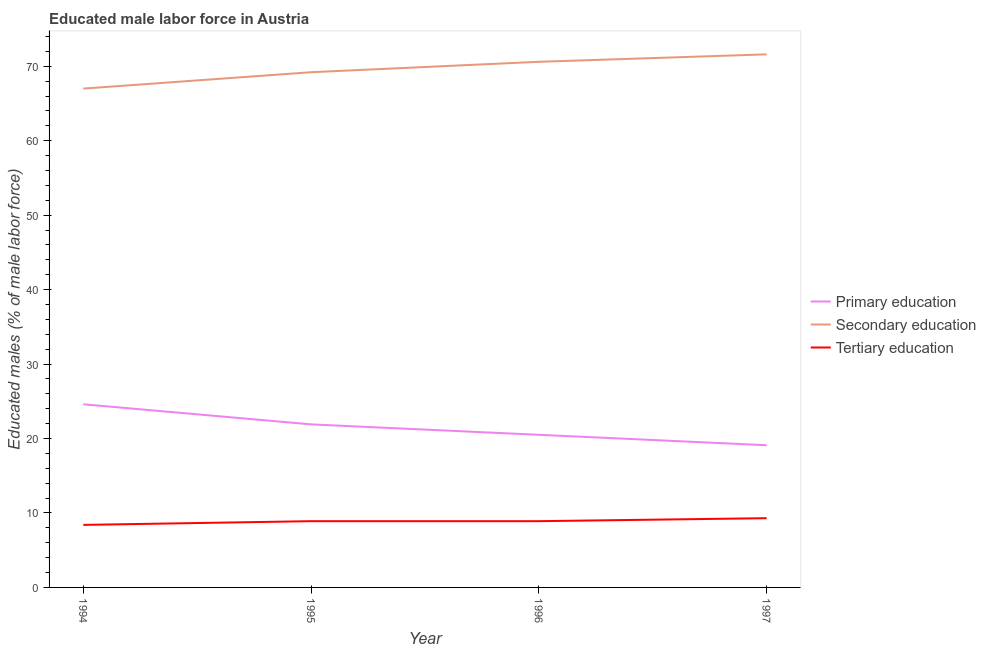
| Year | Primary education | Secondary education | Tertiary education |
 | --- | --- | --- | --- |
 | 1994 | 24.6 | 67 | 8.4 |
 | 1995 | 21.9 | 69.2 | 8.9 |
 | 1996 | 20.5 | 70.6 | 8.9 |
 | 1997 | 19.1 | 71.6 | 9.3 |